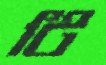
টি